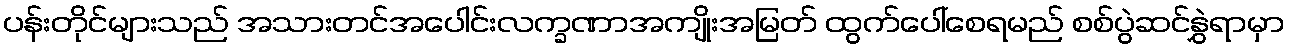
ပန်းတိုင်များသည် အသားတင်အပေါင်းလက္ခဏာအကျိုးအမြတ် ထွက်ပေါ်စေရမည် စစ်ပွဲဆင်နွှဲရာမှာ